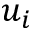
u _ { i }